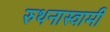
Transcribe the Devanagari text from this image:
रुथनास्वामी